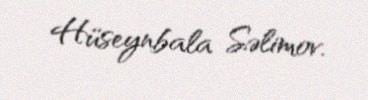
Hüseynbala Səlimov.